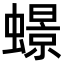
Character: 𧑊